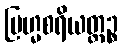
ဗြဟ္မစရိယတ္ထဉ္စ